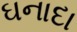
ઘનાદા